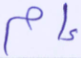
إم